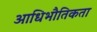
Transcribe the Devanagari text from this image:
आधिभौतिकता